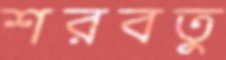
শরবতু